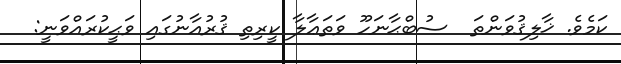
ކަމެވެ. ޚާލިޤުވަންތަ  ސުބްޙާނަހޫ ވަތަޢާލާ ކީރިތި ޤުރުއާނުގައި ވަޙީކުރައްވަނީ: